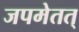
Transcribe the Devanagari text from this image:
जपमेतत्